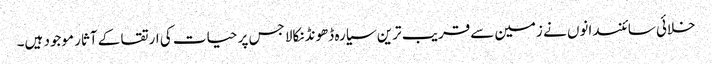
خلائی سائنسدانوں نے زمین سےقریب ترین سیارہ ڈھونڈنکالا جس پر حیات کی ارتقا کے آثار موجود ہیں۔